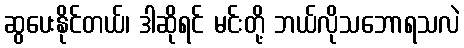
ဆွပေးနိုင်တယ်၊ ဒါဆိုရင် မင်းတို့ ဘယ်လိုသဘောရသလဲ